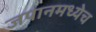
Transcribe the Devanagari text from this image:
जपानमध्येच